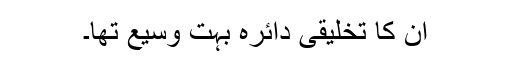
ان کا تخلیقی دائرہ بہت وسیع تھا۔